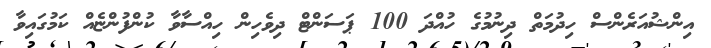
އިންޝުއަރެންސް ހިދުމަތް ދިނުމުގެ ހުއްދަ 100 ޕަސަންޓް ދިވެހިން ހިއްސާވާ ކުންފުންޏެއް ކަމުގައިވާ